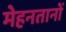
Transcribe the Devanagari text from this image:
मेहनतानों